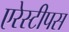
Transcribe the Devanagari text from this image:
एरेस्टीपस